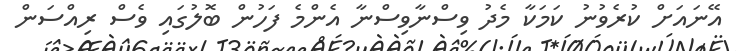
އޭނައަށް ކުރެވުނު ކަމަކާ މެދު ވިސްނާވިސްނާ އެންމެ ފަހުން ބޮލުގައި ވެސް ރިއްސަން